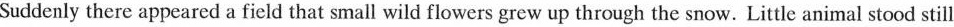
Suddenly there appeared a field that small wild flowers grew up through the snow.Little animal stood still